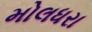
મોલધરા